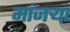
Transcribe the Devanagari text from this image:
मांजर्‍या